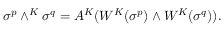
\sigma ^ { p } \wedge ^ { K } \sigma ^ { q } = A ^ { K } ( W ^ { K } ( \sigma ^ { p } ) \wedge W ^ { K } ( \sigma ^ { q } ) ) .